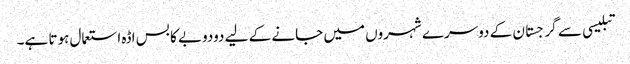
تبلیسی سے گرجستان کے دوسرے شہروں میں جانے کے لیے دودوبے کا بس اڈہ استعمال ہوتا ہے۔